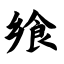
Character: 飨